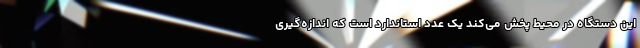
این دستگاه در محیط پخش می‌کند یک عدد استاندارد است که اندازه‌گیری